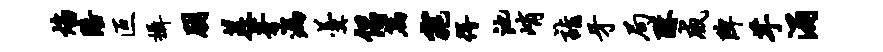
焰陪叵摄朋差芽漏羹侣篇窕得池峭诣牙局酥威陴芋涌